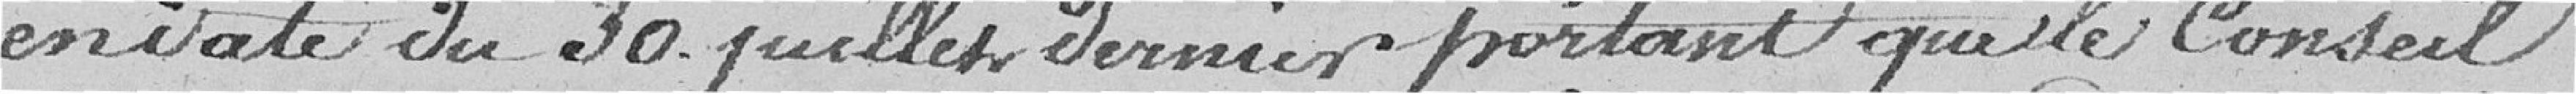
en date du 30 juillet dernier portant que le Conseil